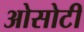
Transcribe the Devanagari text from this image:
ओसोटी